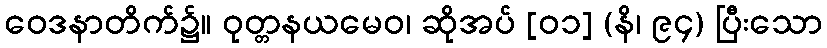
ဝေဒနာတိက်၌။ ဝုတ္တနယမေဝ၊ ဆိုအပ် [၀၁] (နိ၊ ၉၄) ပြီးသော